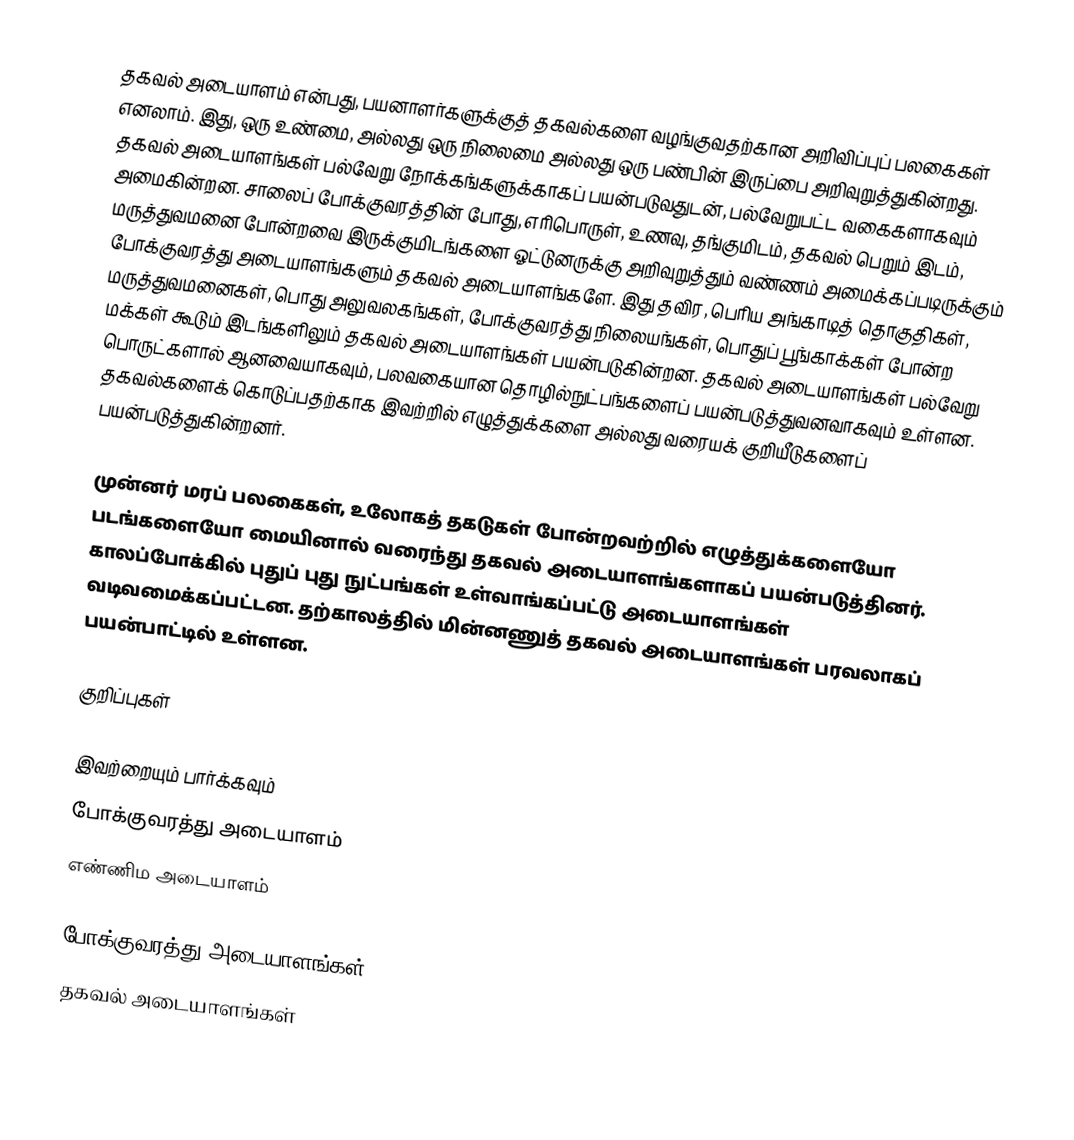
தகவல் அடையாளம் என்பது, பயனாளர்களுக்குத் தகவல்களை வழங்குவதற்கான அறிவிப்புப் பலகைகள் எனலாம். இது, ஒரு உண்மை, அல்லது ஒரு நிலைமை அல்லது ஒரு பண்பின் இருப்பை அறிவுறுத்துகின்றது. தகவல் அடையாளங்கள் பல்வேறு நோக்கங்களுக்காகப் பயன்படுவதுடன், பல்வேறுபட்ட வகைகளாகவும் அமைகின்றன. சாலைப் போக்குவரத்தின் போது, எரிபொருள், உணவு, தங்குமிடம், தகவல் பெறும் இடம், மருத்துவமனை போன்றவை இருக்குமிடங்களை ஓட்டுனருக்கு அறிவுறுத்தும் வண்ணம் அமைக்கப்படிருக்கும் போக்குவரத்து அடையாளங்களும் தகவல் அடையாளங்களே. இது தவிர, பெரிய அங்காடித் தொகுதிகள், மருத்துவமனைகள், பொது அலுவலகங்கள், போக்குவரத்து நிலையங்கள், பொதுப் பூங்காக்கள் போன்ற மக்கள் கூடும் இடங்களிலும் தகவல் அடையாளங்கள் பயன்படுகின்றன. தகவல் அடையாளங்கள் பல்வேறு பொருட்களால் ஆனவையாகவும், பலவகையான தொழில்நுட்பங்களைப் பயன்படுத்துவனவாகவும் உள்ளன. தகவல்களைக் கொடுப்பதற்காக இவற்றில் எழுத்துக்களை அல்லது வரையக் குறியீடுகளைப் பயன்படுத்துகின்றனர்.

முன்னர் மரப் பலகைகள், உலோகத் தகடுகள் போன்றவற்றில் எழுத்துக்களையோ படங்களையோ மையினால் வரைந்து தகவல் அடையாளங்களாகப் பயன்படுத்தினர். காலப்போக்கில் புதுப் புது நுட்பங்கள் உள்வாங்கப்பட்டு அடையாளங்கள் வடிவமைக்கப்பட்டன. தற்காலத்தில் மின்னணுத் தகவல் அடையாளங்கள் பரவலாகப் பயன்பாட்டில் உள்ளன.

குறிப்புகள்

இவற்றையும் பார்க்கவும்
 போக்குவரத்து அடையாளம்
 எண்ணிம அடையாளம்

போக்குவரத்து அடையாளங்கள்
தகவல் அடையாளங்கள்